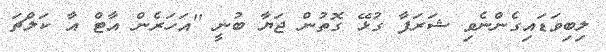
ލިބިވަޑައިގެންނެވި ޝަރަފާ ގުޅޭ ގޮތުން ޖަޔާ ބުނީ ''އަހަރެން އާޓް އާ ކަލްޗަ